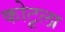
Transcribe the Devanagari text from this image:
कोटूला